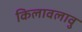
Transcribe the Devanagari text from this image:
किलावलावु